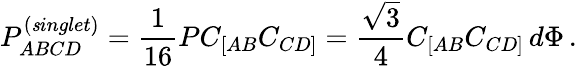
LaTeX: P_{ABCD}^{\left({\mathit singlet}\right)}={\frac{1}{16}}PC_{[AB}C_{CD]}={\frac{\sqrt{3}}{4}}C_{[AB}C_{CD]}\, d\Phi\, .